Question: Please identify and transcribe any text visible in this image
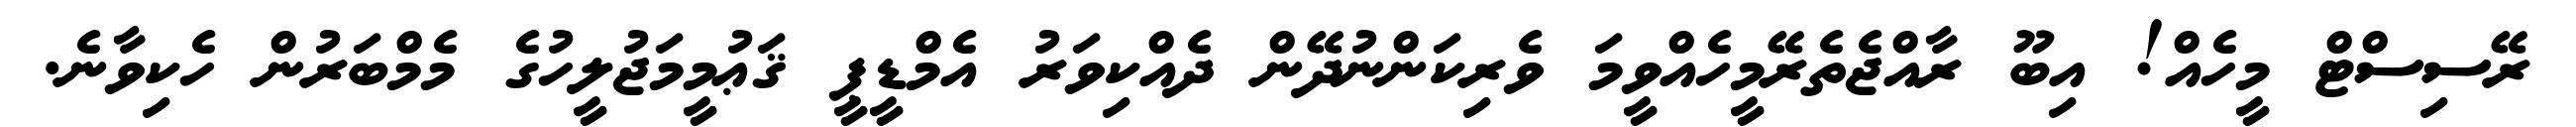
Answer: ރޭސިސްޓް މީހެއް! އިބޫ ރާއްޖެތެރޭމީހެއްވީމަ ވެރިކަންނުދޭން ދެއްކިވަރު އެމްޑީޕީ ޤަޢުމީމަޖުލީހުގެ މެމްބަރުން ހެކިވާނެ.